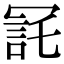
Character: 㓃